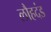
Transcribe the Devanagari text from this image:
लौहदंड